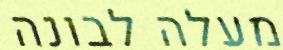
מעלה לבונה